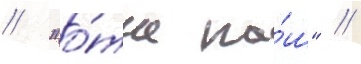
// "о́тче на́ш" //